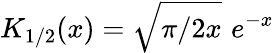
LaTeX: K_{1/2}(x)=\sqrt{\pi/2x}\, \, e^{-x}